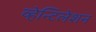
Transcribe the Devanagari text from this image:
व्हेन्टिलेशन